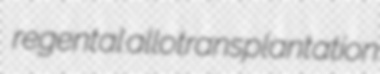
regental allotransplantation